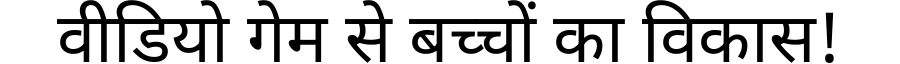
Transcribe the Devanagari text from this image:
वीडियो गेम से बच्चों का विकास!